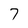
Character: 7